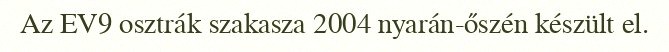
Az EV9 osztrák szakasza 2004 nyarán-őszén készült el.